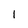
Character: 1